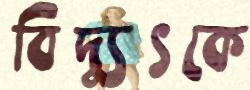
বিদ্যুৎকে